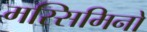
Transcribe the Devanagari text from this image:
मस्सिमिनो